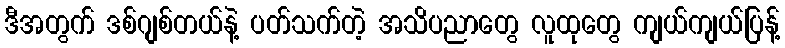
ဒီအတွက် ဒစ်ဂျစ်တယ်နဲ့ ပတ်သက်တဲ့ အသိပညာတွေ လူထုတွေ ကျယ်ကျယ်ပြန့်